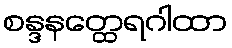
စန္ဒနတ္ထေရဂါထာ